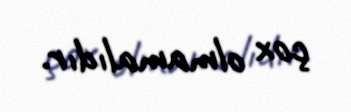
çox olmamalıdır.